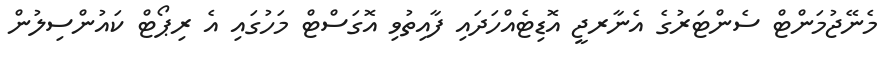
މެނޭޖުމަންޓް ސެންޓަރުގެ އެނާރޖީ އޮޑިޓެއްހަދައި ފާއިތުވި އޮގަސްޓް މަހުގައި އެ ރިޕޯޓް ކައުންސިލުން